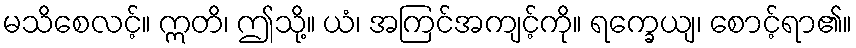
မသိစေလင့်။ ဣတိ၊ ဤသို့။ ယံ၊ အကြင်အကျင့်ကို။ ရက္ခေယျ၊ စောင့်ရာ၏။